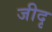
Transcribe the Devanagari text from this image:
जीदृ